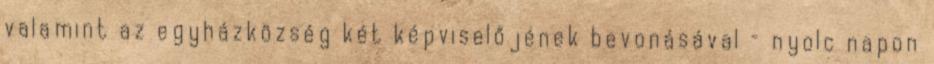
valamint az egyházközség két képviselőjének bevonásával – nyolc napon